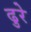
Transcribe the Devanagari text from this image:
ढुरे